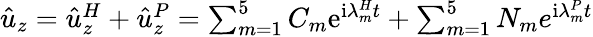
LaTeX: \begin{array}{r}{\hat{u}_{z}=\hat{u}_{z}^{H}+\hat{u}_{z}^{P}=\sum_{m=1}^{5}C_{m}\mathrm{e}^{\mathrm{i}\lambda_{m}^{H}t}+\sum_{m=1}^{5}N_{m}e^{\mathrm{i}\lambda_{m}^{P}t}}\end{array}